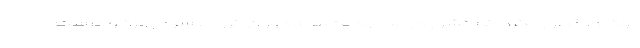
بودند، خطور نکرد که کشور در محدودیت‌های دوران کرونا بسر می‌برد و درست